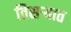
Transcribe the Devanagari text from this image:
तिसर्‍यात